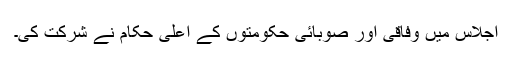
اجلاس میں وفاقی اور صوبائی حکومتوں کے اعلیٰ حکام نے شرکت کی۔